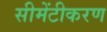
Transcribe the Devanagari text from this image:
सीमेंटीकरण